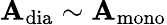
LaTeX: \mathbf{A}_{\mathrm{{{dia}}}}\sim\mathbf{A}_{\mathrm{{{mono}}}}